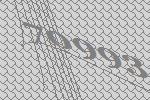
70993